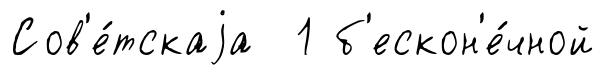
Сов'е́тскаjа 1 б'ескон'е́чной